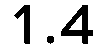
1.4